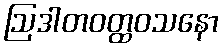
ဩဒါတဝတ္ထဝသနော